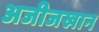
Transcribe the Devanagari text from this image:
अजीजखान